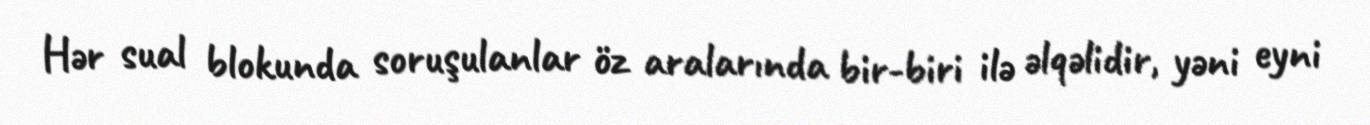
Hər sual blokunda soruşulanlar öz aralarında bir-biri ilə əlqəlidir, yəni eyni